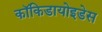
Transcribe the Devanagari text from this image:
कॉकिडायोइडेस